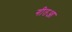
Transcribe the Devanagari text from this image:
गीतआ